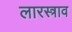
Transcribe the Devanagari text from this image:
लारस्त्राव